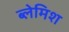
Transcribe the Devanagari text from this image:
ब्लेमिश